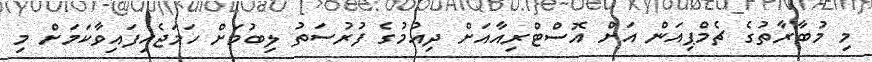
މި މުބާރާތުގެ ޗެމްޕިއަން އަށް އޮސްޓްރިއާއަށް ދިއުމުގެ ފުރުސަތު ލިބުމަށް ހަމަޖެހިފައިވާކަމަށް މި